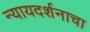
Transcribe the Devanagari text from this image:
न्यायदर्शनाचा